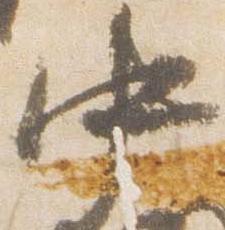
中